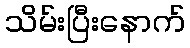
သိမ်းပြီးနောက်